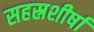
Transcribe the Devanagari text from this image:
सहस्रशीर्षा